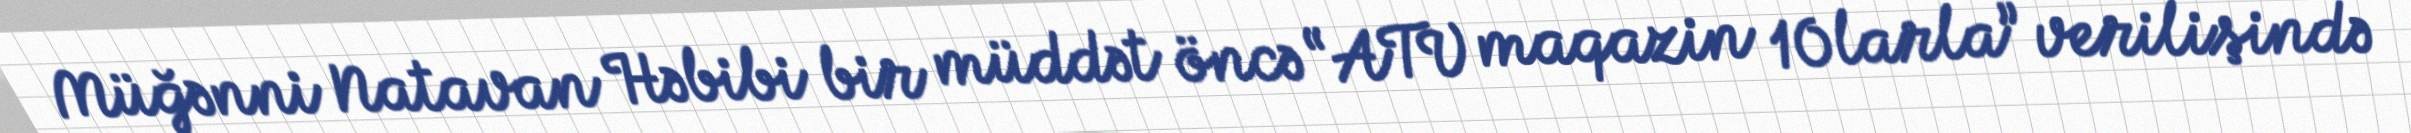
Müğənni Natavan Həbibi bir müddət öncə “ATV maqazin 10larla” verilişində